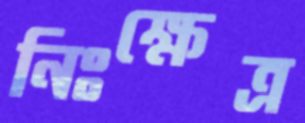
নিঃক্ষেত্র